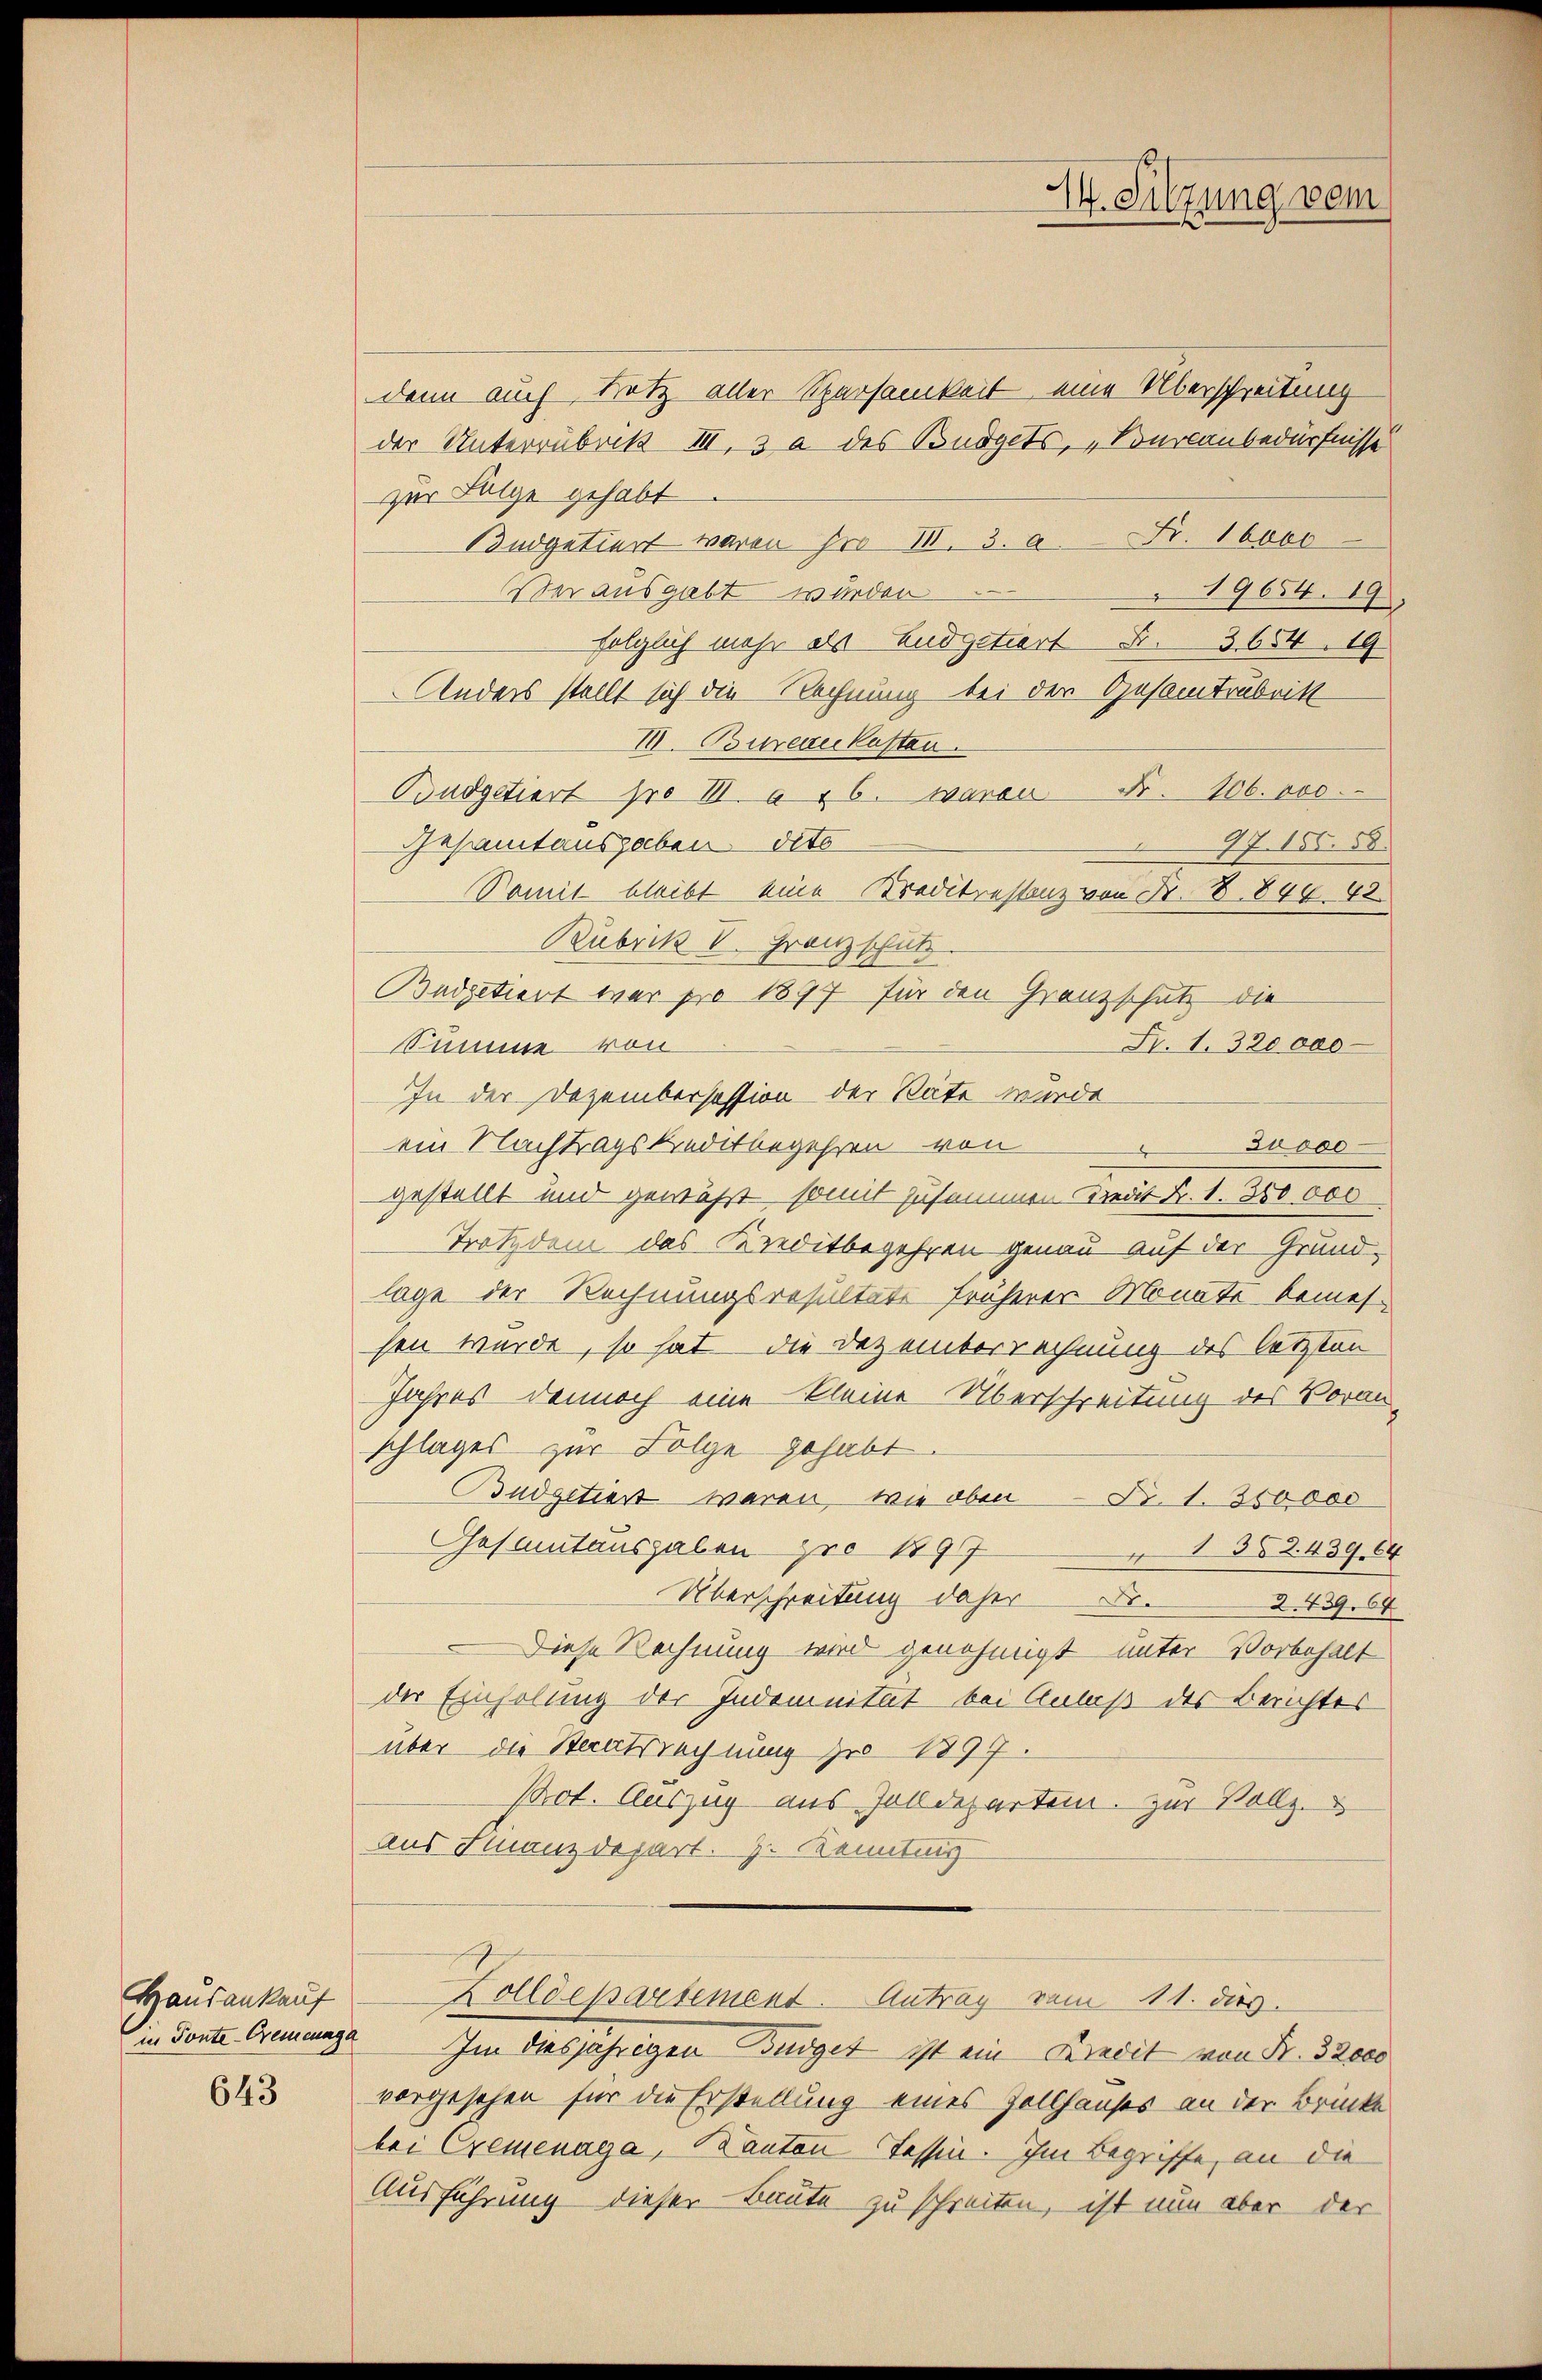
Haus ankauf

643

M. Sitzung vom

denn auch Trotz aller Sparsamkeit eine Überschreitung
der Unterrubrik III. 3 a des Budgets, "Burlaubedürfnisse
zur Folge gehabt.
Budgetiert waren pro II. 3. a. Fr. 16000
er ausgabt wurden
19654. 19
folglich mehr als Ludzitiert S. 3654. 19
Anders stellt sich die Rechnung bei der Gesamtrubritt
III. Burezekasten.
Budgetiert pro III. a 16. waren Fr. 106. 800.
Gesamtausgaben dito
97. 155. 58.
Somit bleibt eine Kreditrestanz von Nr. 18. 844. 42.
Rubrik V. Franz schutz.
Padpetiert war pro 1897 für den Granzschutz die
Fr. 1. 320 000
Summe von
In der Dezembersession der Säte wurde
Jucoc
ein Nachtragskreditbegehren von
x
gestellt und gewährt somit zusammen Kredit Fr. 1. 380 000
Trotzdem das Kreditbegehren genau auf der Grundlage der Rechnungsresultate früherer Monats bemessen wurde, so hat die Dezemberrechnung des letzten
Jahres dennoch eine kleine Überschreitung des Voran-
schlages zur Folge gehabt.
Budgetiert waren, wie oben d. 1. 350000
Gesamtausgaben pro 197
1382. 439. 64
Überschreitung daher 2439. 64
Diese Rechnung wird genehmigt unter Vorbehalt
der Einholung der Indemnität bei Anlaß des Berichtes
über die Staatsrechnung zu 1897.
Pot. Auszug aus Zolldeparten. Zur Vollz
aus Finanzdepart. J. Kenntung
Zolldepartement. Antrag vom 11. dies
Sie doute Armenge Im diesjährigen Budget ist ein Kredit von Fr. 32000
vorgesehen für die Erstellung eines Zollhauses an der Brinke
bei Cremenaga, Kanton Tessin. Im Begriffe, an die
Ausführung dieser Baute zu schreiten, ist nun aber der